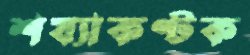
শয্যাকণ্টক